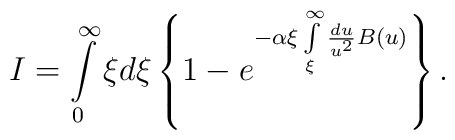
I = \int\limits_0^\infty \xi d\xi \left\{ 1 - e^{  - \alpha \xi \int\limits_\xi ^\infty \frac{du}{u^2} B( u )}  \right\} .